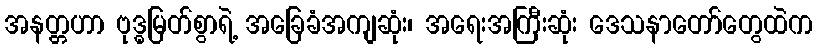
အနတ္တဟာ ဗုဒ္ဓမြတ်စွာရဲ့ အခြေခံအကျဆုံး၊ အရေးအကြီးဆုံး ဒေသနာတော်တွေထဲက